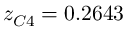
z _ { C 4 } = 0 . 2 6 4 3